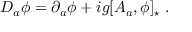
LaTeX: D _ { a } \phi = \partial _ { a } \phi + i g [ A _ { a } , \phi ] _ { \star } \; .